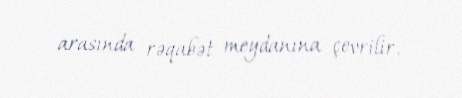
arasında rəqabət meydanına çevrilir.